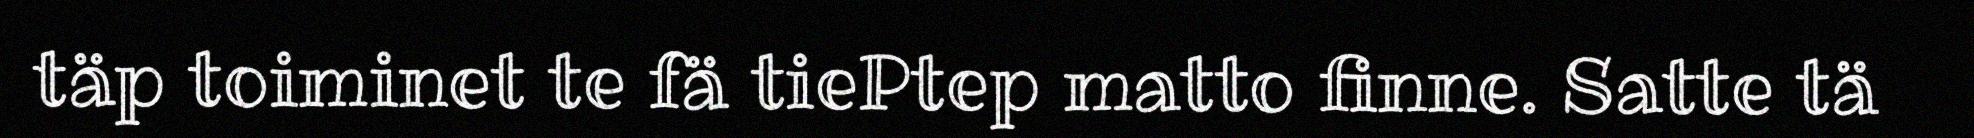
täp toiminet te fä tiePtep matto finne. Satte tä